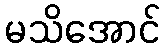
မသိအောင်